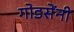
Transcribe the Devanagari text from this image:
गोडसेंनी